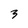
Character: 3